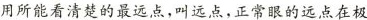
用所能看清楚的最远点，叫远点，正常眼的远点在极